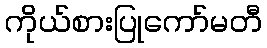
ကိုယ်စားပြုကော်မတီ